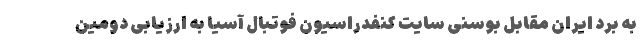
به برد ایران مقابل بوسنی سایت کنفدراسیون فوتبال آسیا به ارزیابی دومین